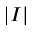
\lvert I \rvert